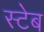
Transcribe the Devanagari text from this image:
स्टेब